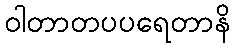
ဝါတာတပပရေတာနိ